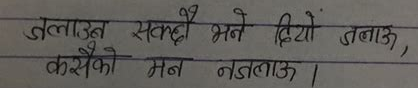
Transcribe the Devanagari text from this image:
जलाउन सक्छौ भने दियो जलाऊ,
कसैको मन नडलाऊ ।